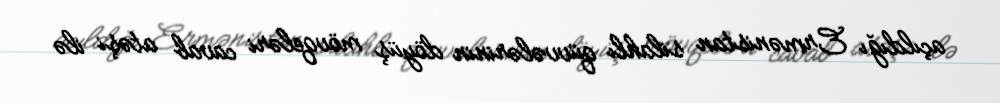
açıldığı Ermənistan silahlı qüvvələrinin döyüş mövqeləri cavab atəşi ilə